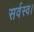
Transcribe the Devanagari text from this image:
सर्वस्व।